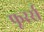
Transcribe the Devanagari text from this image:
फूरर्स